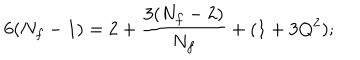
6 ( N _ { f } - 1 ) = 2 + { \frac { 3 ( N _ { f } - 2 ) } { N _ { f } } } + ( 1 + 3 Q ^ { 2 } ) ;